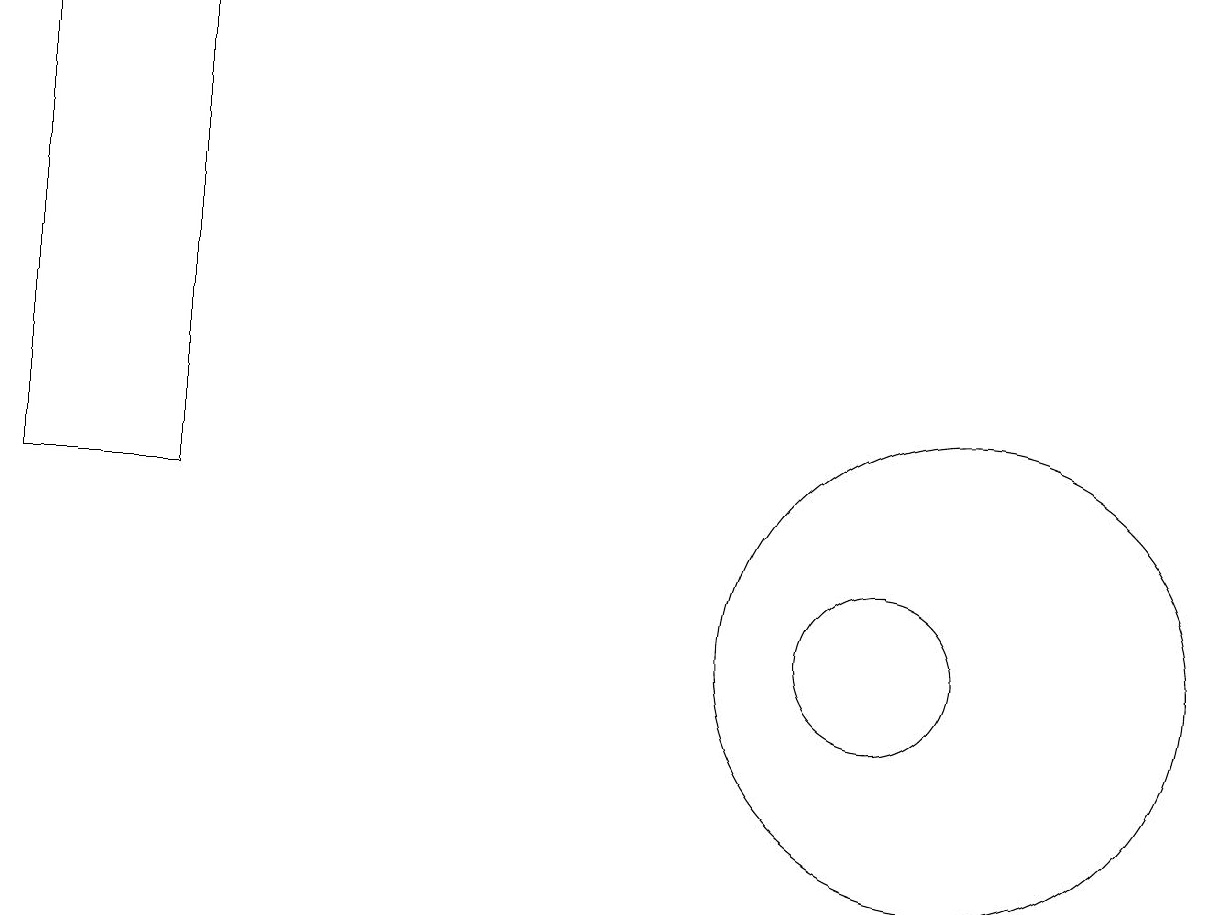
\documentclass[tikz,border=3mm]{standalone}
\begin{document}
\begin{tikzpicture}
\draw (12,11) circle (3);
\draw (11,11) circle (1);
\draw (0,19) rectangle (2,13);
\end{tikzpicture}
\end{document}